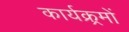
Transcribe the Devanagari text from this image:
कार्यक्र्रमों